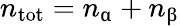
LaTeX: n_{\mathrm{tot}}=n_{\upalpha}+n_{\upbeta}